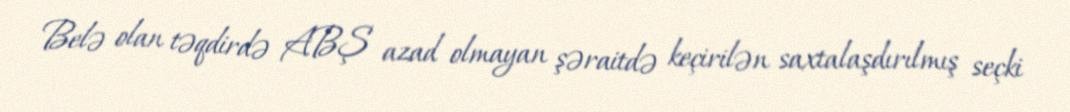
Belə olan təqdirdə ABŞ azad olmayan şəraitdə keçirilən saxtalaşdırılmış seçki